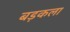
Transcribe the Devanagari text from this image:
बड़कला